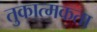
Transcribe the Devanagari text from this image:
तुकात्मकता